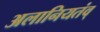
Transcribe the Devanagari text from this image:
अलानियतंव्